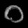
Digit: ၀